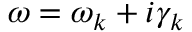
\omega = \omega _ { k } + i \gamma _ { k }